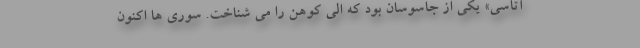
آتاسی» یکی از جاسوسان بود که الی کوهن را می شناخت. سوری ها اکنون